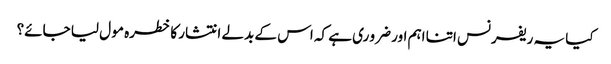
کیا یہ ریفرنس اتنا اہم اور ضرو ری ہے کہ اس کے بدلے انتشار کا خطرہ مو ل لیا جائے؟